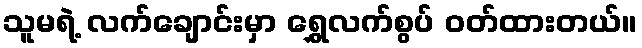
သူမရဲ့ လက်ချောင်းမှာ ရွှေလက်စွပ် ဝတ်ထားတယ်။